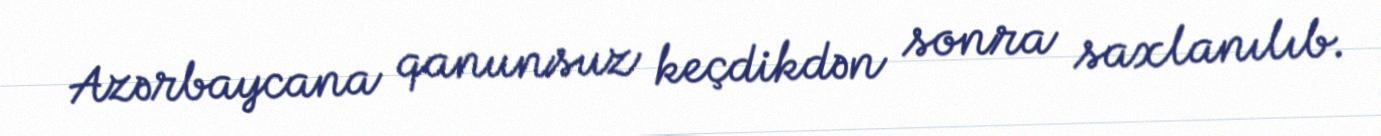
Azərbaycana qanunsuz keçdikdən sonra saxlanılıb.